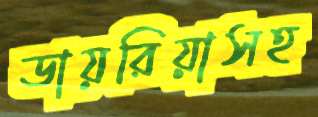
ডায়রিয়াসহ